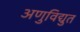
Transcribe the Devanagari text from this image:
अणुविद्युत